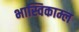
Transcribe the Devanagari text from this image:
भास्विकाम्ल